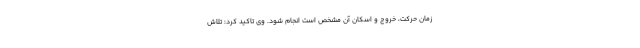
زمان حرکت، خروج و اسکان آن مشخص است انجام ‌شود. وی تاکید کرد: تلاش